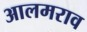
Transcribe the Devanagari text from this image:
आलमराव